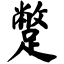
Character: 蹩